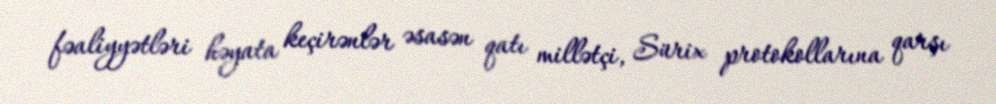
fəaliyyətləri həyata keçirənlər əsasən qatı millətçi, Sürix protokollarına qarşı